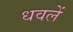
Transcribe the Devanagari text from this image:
धवलें